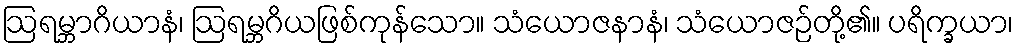
ဩရမ္ဘာဂိယာနံ၊ ဩရမ္ဘဂိယဖြစ်ကုန်သော။ သံယောဇနာနံ၊ သံယောဇဉ်တို့၏။ ပရိက္ခယာ၊